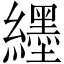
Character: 纆